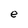
Character: e